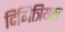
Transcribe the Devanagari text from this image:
दिमित्रियस